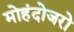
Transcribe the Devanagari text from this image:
मोहंदोजरो